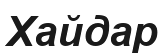
Хайдар